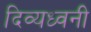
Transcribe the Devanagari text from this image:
दिव्यध्वनी